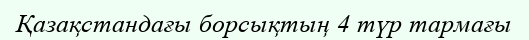
Қазақстандағы борсықтың 4 түр тармағы